Annual administration report of the Civil Veterinary Department of India - 1902-1903
Year: 1902
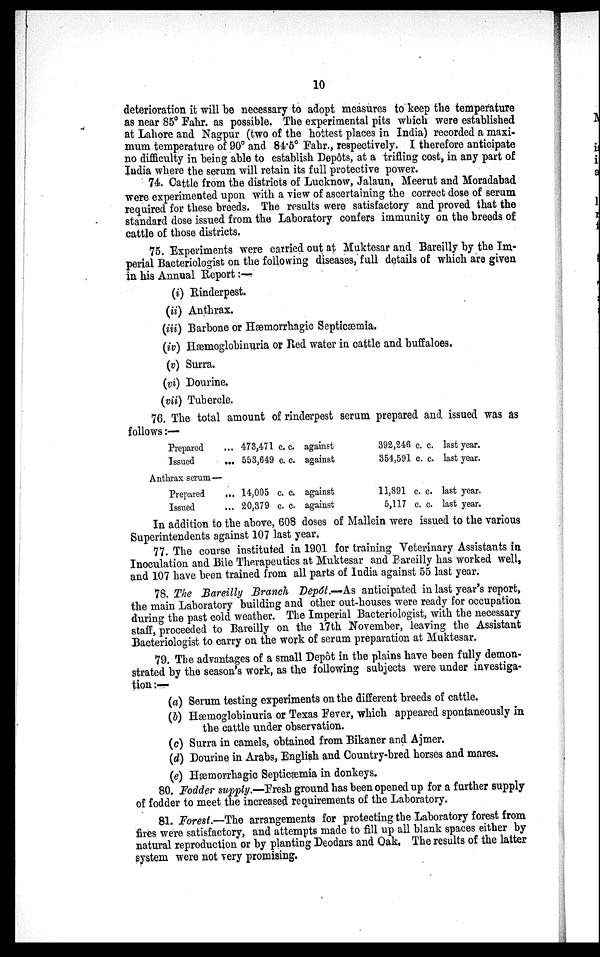
10
deterioration it will be necessary to adopt measures to keep the temperature
as near 85º Fahr. as possible. The experimental pits which were established
at Lahore and Nagpur (two of the hottest places in India) recorded a maxi-
mum temperature of 90º and 84.5º Fahr., respectively. I therefore anticipate
no difficulty in being able to establish Depôts, at a trifling cost, in any part of
India where the serum will retain its full protective power.
74. Cattle from the districts of Lucknow, Jalaun, Meerut and Moradabad
were experimented upon with a view of ascertaining the correct dose of serum
required for these breeds. The results were satisfactory and proved that the
standard dose issued from the Laboratory confers immunity on the breeds of
cattle of those districts.
75. Experiments were carried out at Muktesar and Bareilly by the Im-
perial Bacteriologist on the following diseases, full details of which are given
in his Annual Report :—
(i) Rinderpest.
(ii) Anthrax.
(iii) Barbone or Hæmorrhagic Septicæmia.
(iv) Hæmoglobinuria or Red water in cattle and buffaloes.
(v) Surra.
(vi) Dourine.
(vii) Tubercle.
76. The total amount of rinderpest serum prepared and issued was as
follows:—
Prepared
...
Issued
...
473,471 c. c. against
553,649 c. c. against
392,246 c. c. last year.
354,591 c. c. last year.
Anthrax serum
Prepared
...
Issued
...
14,005 c. c. against
20,379 c. c. against
11,891 c. c. last year.
5,117 c. c. last year.
In addition to the above, 608 doses of Mallein were issued to the various
Superintendents against 107 last year.
77. The course instituted in 1901 for training Veterinary Assistants in
Inoculation and Bile Therapeutics at Muktesar and Bareilly has worked well,
and 107 have been trained from all parts of India against 55 last year.
78. The Bareilly Branch Depôt.—As anticipated in last year's report,
the main Laboratory building and other out-houses were ready for occupation
during the past cold weather. The Imperial Bacteriologist, with the necessary
staff, proceeded to Bareilly on the 17th November, leaving the Assistant
Bacteriologist to carry on the work of serum preparation at Muktesar.
79. The advantages of a small Depôt in the plains have been fully demon-
strated by the season's work, as the following subjects were under investiga-
tion :—
(a) Serum testing experiments on the different breeds of cattle.
(b) Hæmoglobinuria or Texas Fever, which appeared spontaneously in
the cattle under observation.
(c) Surra in camels, obtained from Bikaner and Ajmer.
(d) Dourine in Arabs, English and Country-bred horses and mares.
(e) Hæmorrhagic Septiæmia in donkeys.
80. Fodder supply.—Fresh ground has been opened up for a further supply
of fodder to meet the increased requirements of the Laboratory.
81. Forest.—The arrangements for protecting the Laboratory forest from
fires were satisfactory, and attempts made to fill up all blank spaces either by
natural reproduction or by planting Deodars and Oak. The results of the latter
system were not very promising.